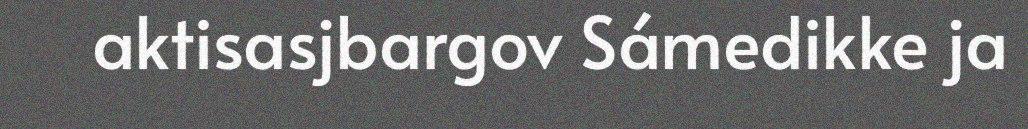
aktisasjbargov Sámedikke ja